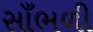
સાઁભળી